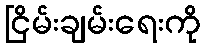
ငြိမ်းချမ်းရေးကို